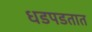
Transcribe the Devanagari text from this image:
धडपडतात